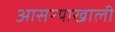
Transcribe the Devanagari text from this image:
आसऱ्याखाली